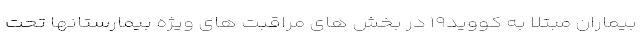
بیماران مبتلا به کووید۱۹ در بخش های مراقبت های ویژه بیمارستانها تحت